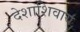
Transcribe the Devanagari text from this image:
देशाशिवाय